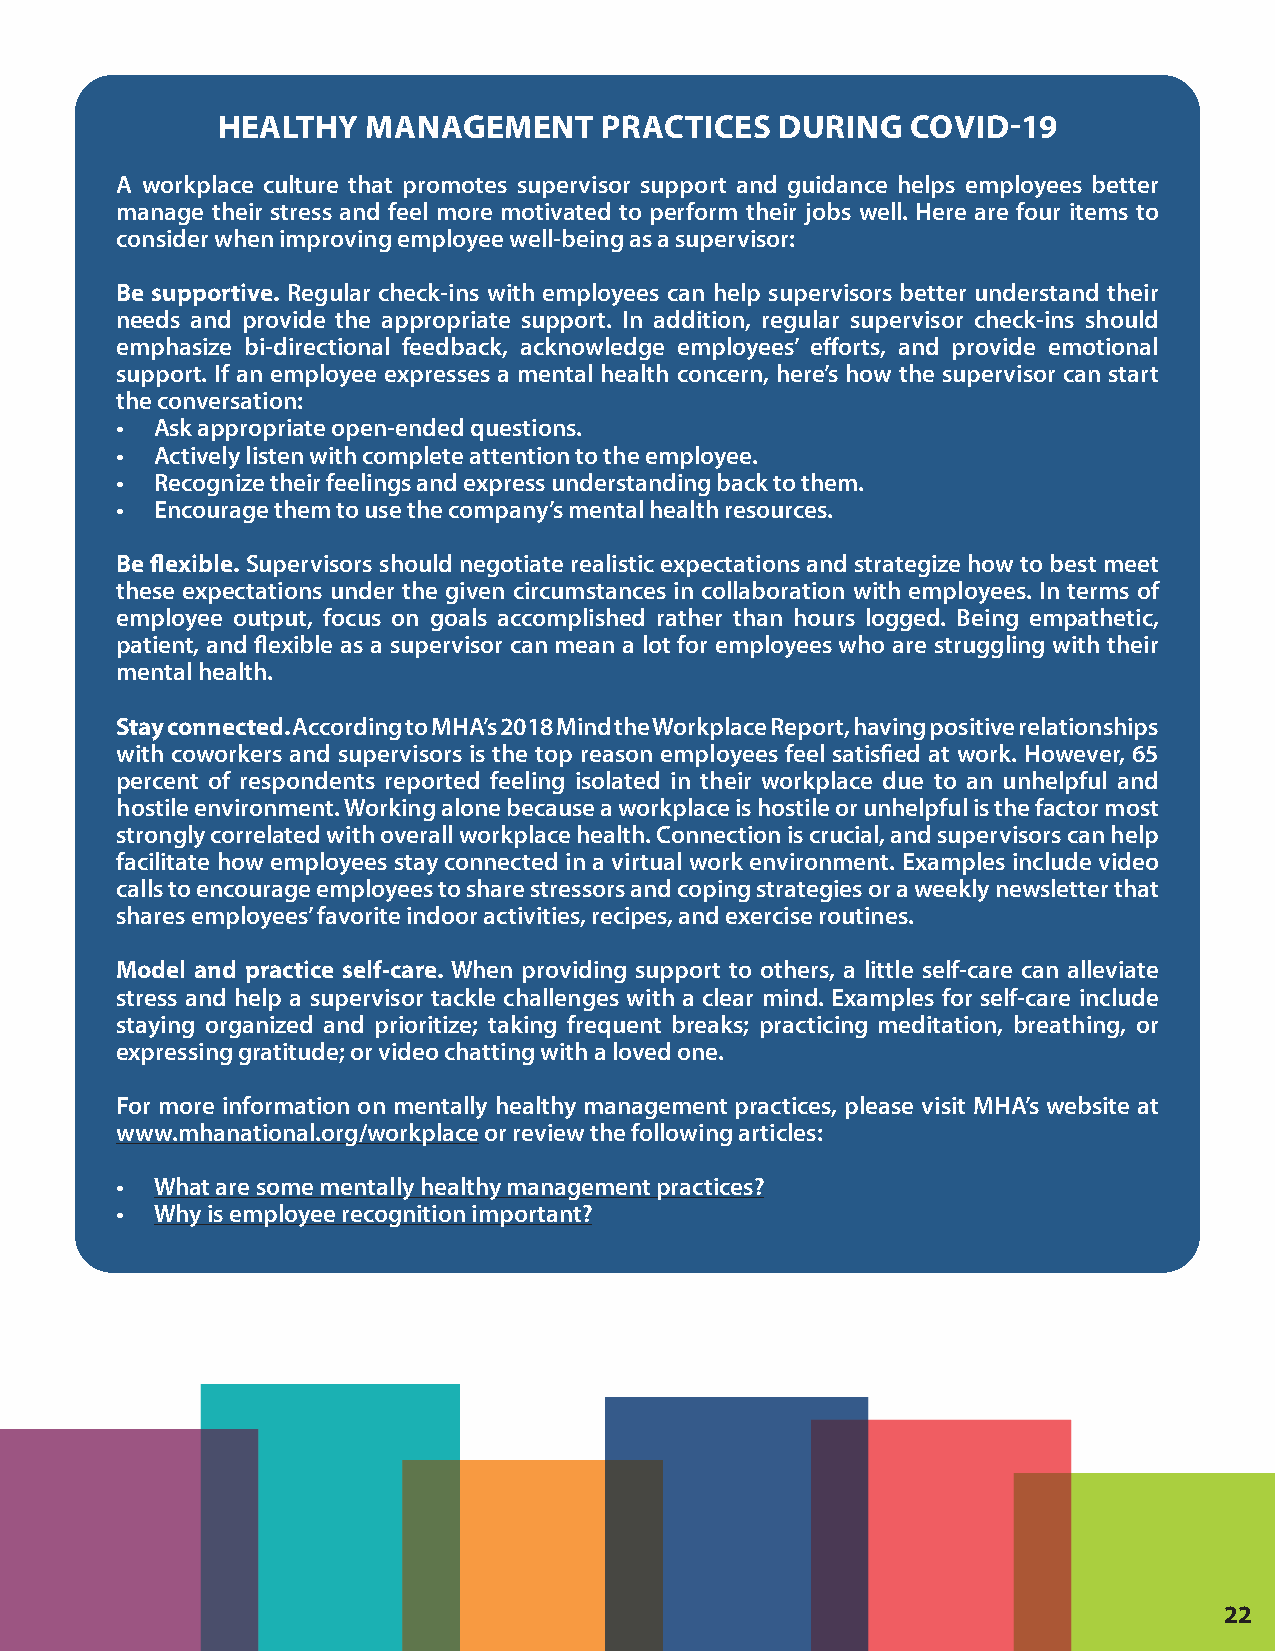
HEALTHY   MANAGEMENT      PRACTICES   DURING  COVID-19
 A workplace culture that promotes supervisor support and guidance helps employees better
 manage their stress and feel more motivated to perform their jobs well. Here are four items to
 consider when improving employee well-being as a supervisor:
 Be supportive. Regular check-ins with employees can help supervisors better understand their
 needs and provide the appropriate support. In addition, regular supervisor check-ins should
 emphasize bi-directional feedback, acknowledge employees’ efforts, and provide emotional
 support. If an employee expresses a mental health concern, here’s how the supervisor can start
 the conversation:
 • Ask appropriate open-ended questions.
 • Actively listen with complete attention to the employee.
 • Recognize their feelings and express understanding back to them.
 • Encourage them to use the company’s mental health resources.
 Be flexible. Supervisors should negotiate realistic expectations and strategize how to best meet
 these expectations under the given circumstances in collaboration with employees. In terms of
 employee output, focus on goals accomplished rather than hours logged. Being empathetic,
 patient, and flexible as a supervisor can mean a lot for employees who are struggling with their
 mental health.
 Stay connected. According to MHA’s 2018 Mind the Workplace Report, having positive relationships
 with coworkers and supervisors is the top reason employees feel satisfied at work. However, 65
 percent of respondents reported feeling isolated in their workplace due to an unhelpful and
 hostile environment. Working alone because a workplace is hostile or unhelpful is the factor most
 strongly correlated with overall workplace health. Connection is crucial, and supervisors can help
 facilitate how employees stay connected in a virtual work environment. Examples include video
 calls to encourage employees to share stressors and coping strategies or a weekly newsletter that
 shares employees’ favorite indoor activities, recipes, and exercise routines.
 Model and practice self-care. When providing support to others, a little self-care can alleviate
 stress and help a supervisor tackle challenges with a clear mind. Examples for self-care include
 staying organized and prioritize; taking frequent breaks; practicing meditation, breathing, or
 expressing gratitude; or video chatting with a loved one.
 For more information on mentally healthy management practices, please visit MHA’s website at
 www.mhanational.org/workplace or review the following articles:
 • What are some mentally healthy management practices?
 • Why is employee recognition important?
 22